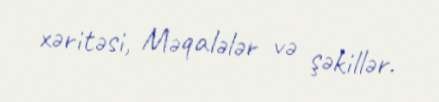
xəritəsi, Məqalələr və şəkillər.